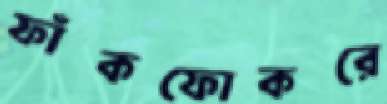
ফাঁকফোকরে